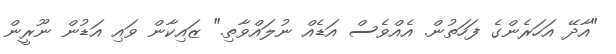
"އާދޭ އަހަރެންގެ ފަހަތުން. އެއްވެސް އަޑެއް ނުލައްވާތި." ޒައިކާން ވައި އަޑުން ނޫރީން